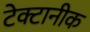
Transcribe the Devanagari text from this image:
टेक्टानीक